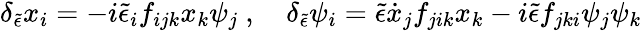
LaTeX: \delta_{\tilde{\epsilon}}x_{i}=-i{\tilde{\epsilon}}_{i}f_{ijk}x_{k}\psi_{j}\ ,\quad\delta_{\tilde{\epsilon}}\psi_{i}={\tilde{\epsilon}}{\dot{x}}_{j}f_{jik}x_{k}-i{\tilde{\epsilon}}f_{jki}\psi_{j}\psi_{k}